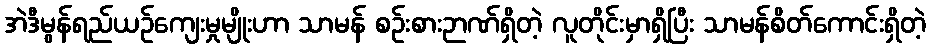
အဲဒီမွန်ရည်ယဉ်ကျေးမှုမျိုးဟာ သာမန် စဉ်းစားဉာဏ်ရှိတဲ့ လူတိုင်းမှာရှိပြီး သာမန်စိတ်ကောင်းရှိတဲ့